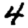
Digit: 4